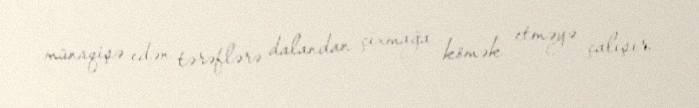
münaqişə edən tərəflərə dalandan çıxmağa kömək etməyə çalışır.